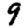
Digit: 9